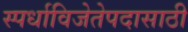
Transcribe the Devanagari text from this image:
स्पर्धाविजेतेपदासाठी